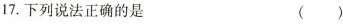
17.下列说法正确的是 ( )